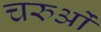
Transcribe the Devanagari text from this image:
चरुओं